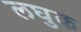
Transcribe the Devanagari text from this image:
लघुक